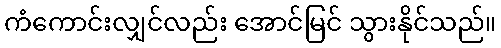
ကံကောင်းလျှင်လည်း အောင်မြင် သွားနိုင်သည်။